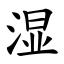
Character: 湿